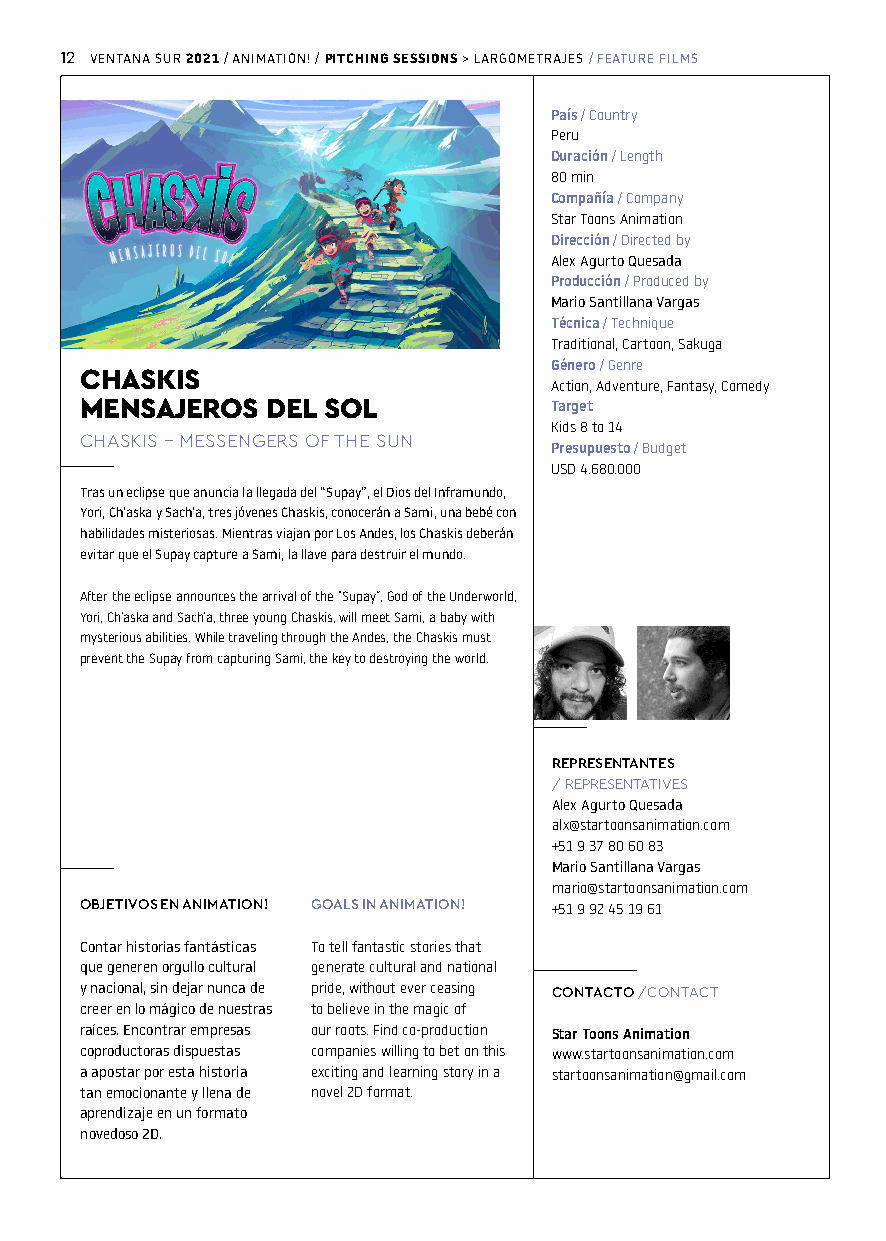
12 VENTANA SUR / ANIMATION! / > LARGOMETRAJES / FEATURE FILMS
 2021     PITCHING SESSIONS
 País / Country
 Peru
 Duración / Length
 80 min
 Compañía / Company
 Star Toons Animation
 Dirección / Directed by
 Alex Agurto Quesada
 Producción / Produced by
 Mario Santillana Vargas
 Técnica / Technique
 Traditional, Cartoon, Sakuga
 Género / Genre
 CHASKIS
 Action, Adventure, Fantasy, Comedy
 MENSAJEROS   DEL SOL           Target
 CHASKIS - MESSENGERS OF THE SUN
 Kids 8 to 14
 Presupuesto / Budget
 USD 4.680.000
 Tras un eclipse que anuncia la llegada del “Supay”, el Dios del Inframundo,
 Yori, Ch’aska y Sach’a, tres jóvenes Chaskis, conocerán a Sami, una bebé con
 habilidades misteriosas. Mientras viajan por Los Andes, los Chaskis deberán
 evitar que el Supay capture a Sami, la llave para destruir el mundo.
 After the eclipse announces the arrival of the “Supay”, God of the Underworld,
 Yori, Ch’aska and Sach’a, three young Chaskis, will meet Sami, a baby with
 mysterious abilities. While traveling through the Andes, the Chaskis must
 prevent the Supay from capturing Sami, the key to destroying the world.
 REPRESENTANTES
 / REPRESENTATIVES
 Alex Agurto Quesada
 alx@startoonsanimation.com
 +51 9 37 80 60 83
 Mario Santillana Vargas
 mario@startoonsanimation.com
 OBJETIVOS EN ANIMATION! GOALS IN ANIMATION! +51 9 92 45 19 61
 Contar historias fantásticas To tell fantastic stories that
 que generen orgullo cultural generate cultural and national
 y nacional, sin dejar nunca de pride, without ever ceasing CONTACTO / CONTACT
 creer en lo mágico de nuestras to believe in the magic of
 raíces. Encontrar empresas our roots. Find co-production Star Toons Animation
 coproductoras dispuestas companies willing to bet on this www.startoonsanimation.com
 a apostar por esta historia exciting and learning story in a startoonsanimation@gmail.com
 tan emocionante y llena de novel 2D format.
 aprendizaje en un formato
 novedoso 2D.